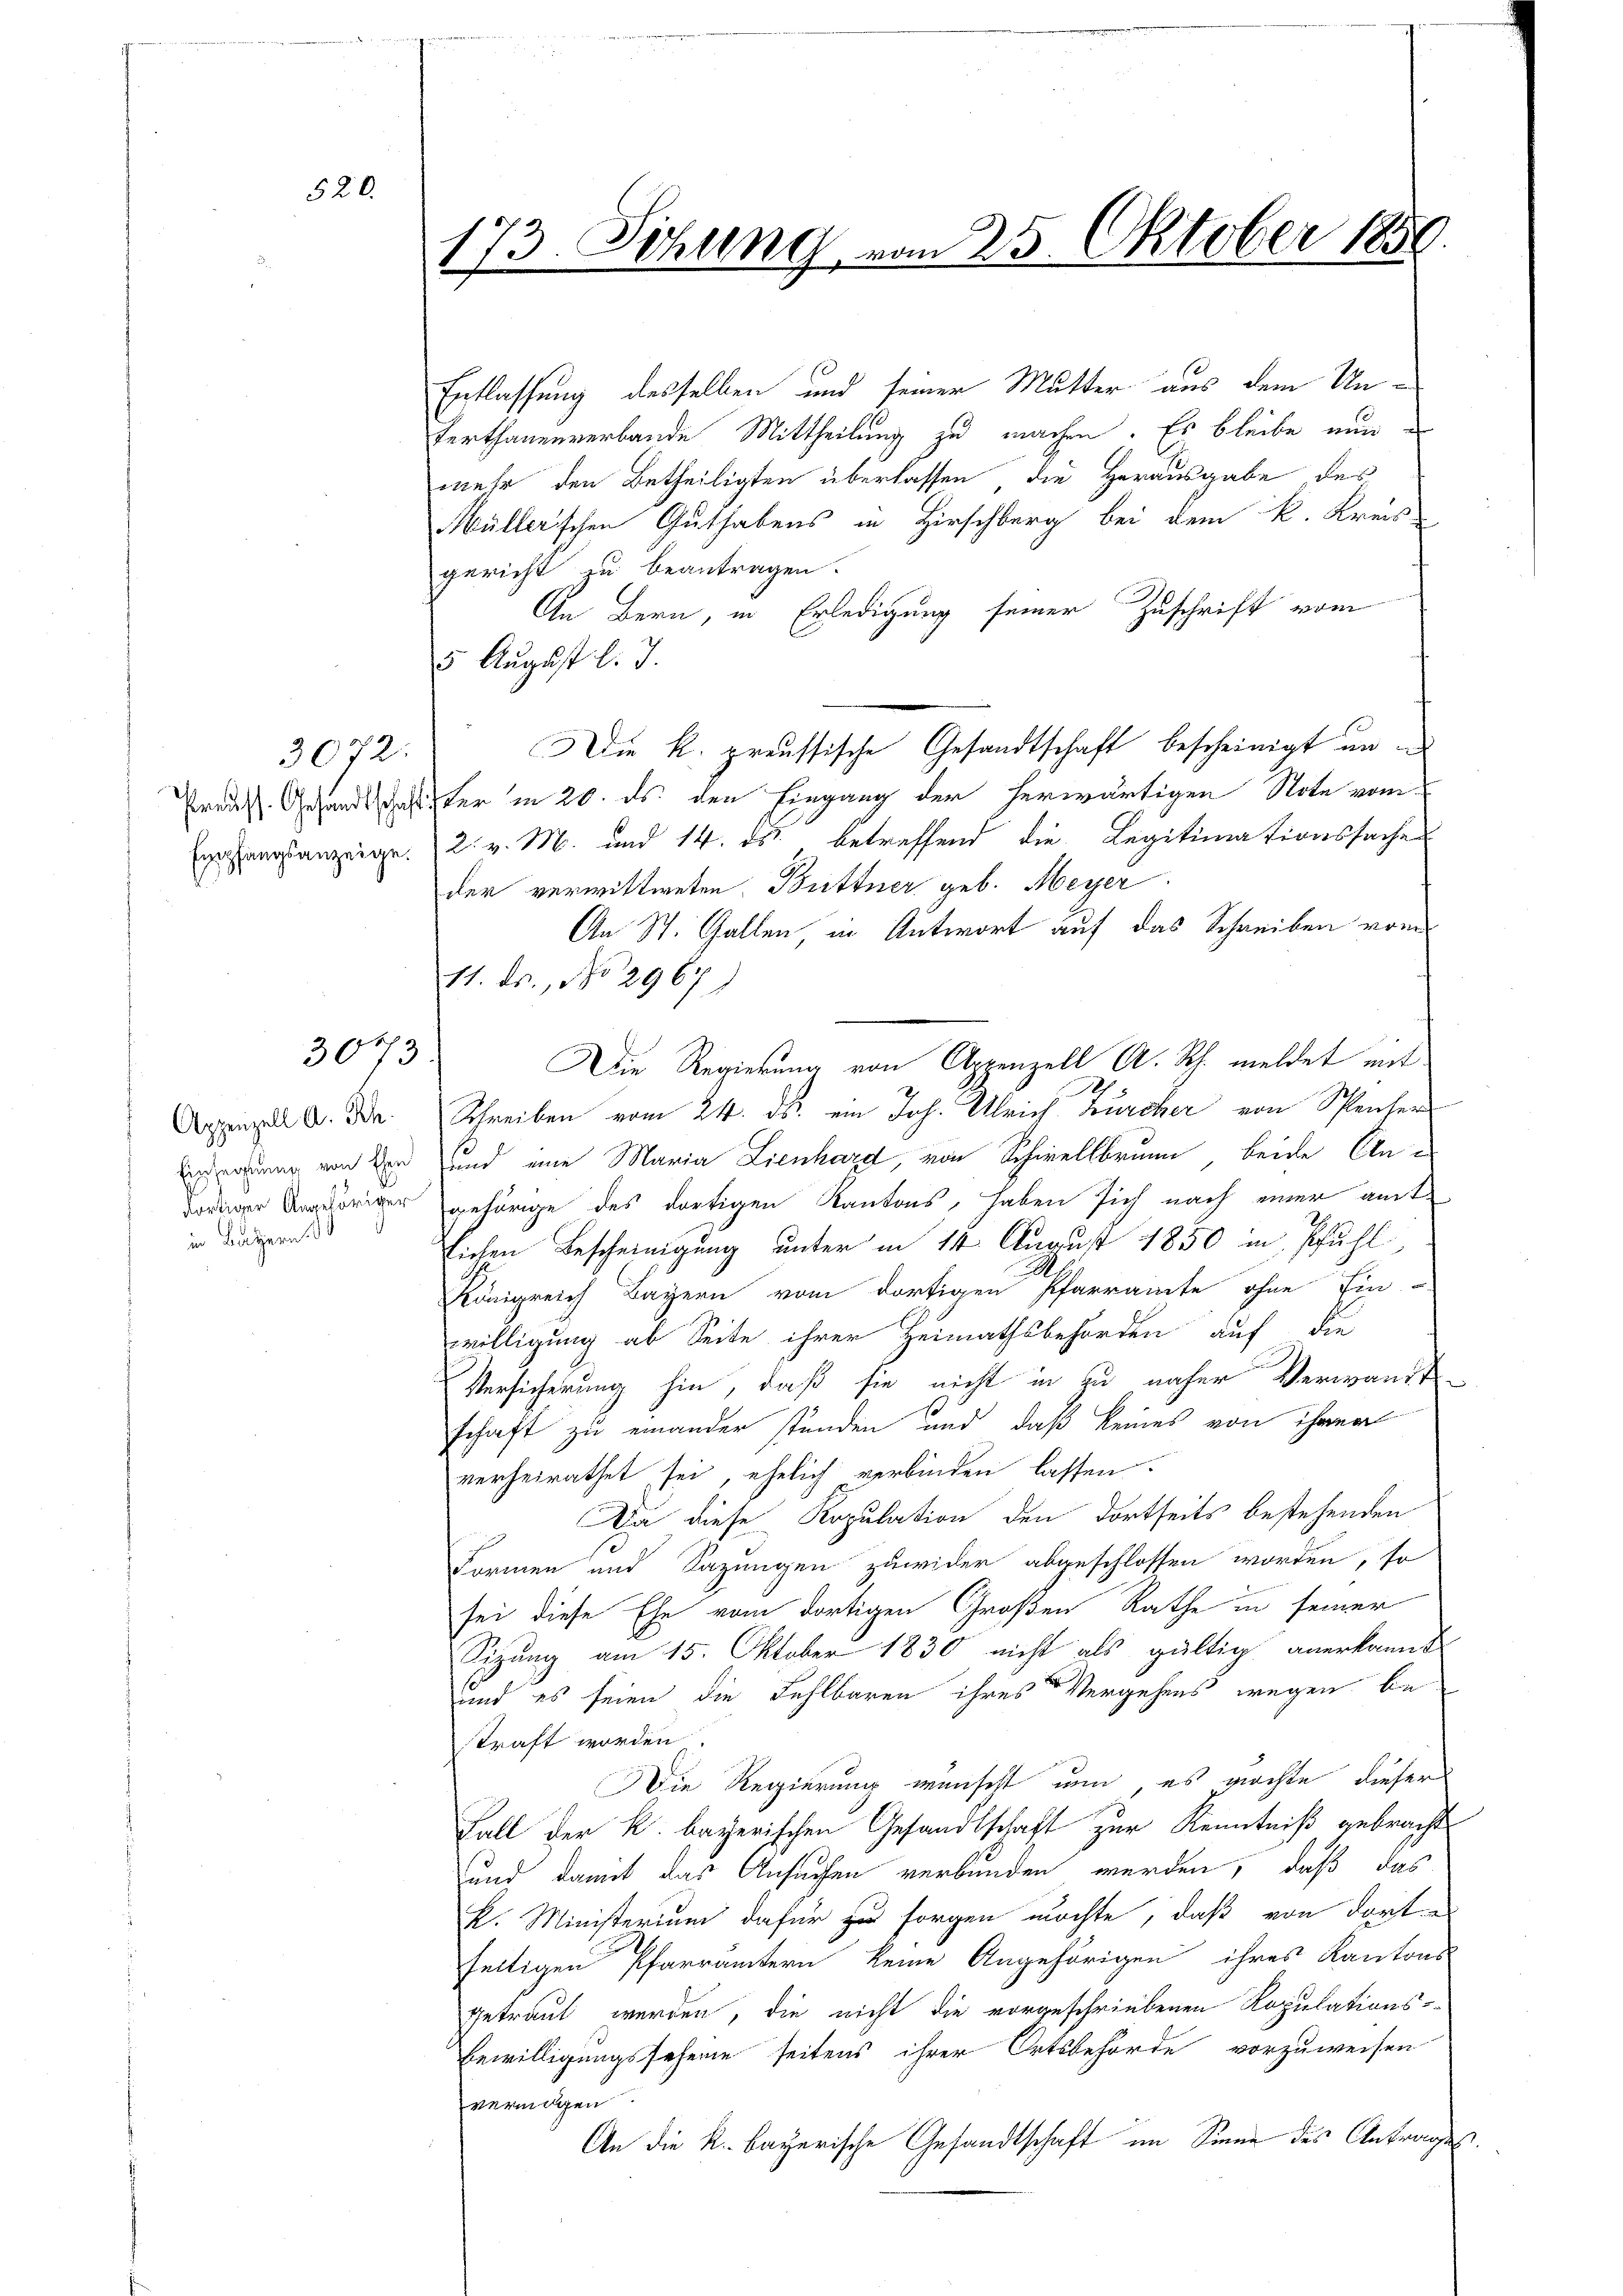
3072:
Empfangsanzeige.

520.

3073

Appenzell A. Sch.
Einzeigung von Ehen
dortiger Angehöriger
in Batzern 3

173. thung vom 25. Oktober 1850.

Entlassung desselben und seiner Mutter aus dem Un¬
Verthanenverbande Mittheilung zu machen. Es bleibe nun
mehr den Betheiligten überlassen, die Herausgabe des
Müller'schen Guthabens in Hirschberg bei dem k. Kreis
gericht zu beantragen.
An Bern, in Erledigung seiner Zuschrift vom
5 August l. J.
Die k. preussische Gesandtschaft bescheinigt un
Predes Gesandtschaftster in 20. ds. den Eingang der herwärtigen Note vom
2. v. M. und 14. ds. betreffend die Legitimationssache
der verwittweten. Büttner geb. Meyer
An St. Gallen, in Antwort auf das Schreiben von
17. ds., No 2967
Die Regierung von Appenzell A. Rh. meldet mit
Schreiben vom 24. ds. ein Joh. Ulrich Zürcher von Speiser
uund eine Maria Lienhard, von Schwellbrunn, beide Angehörige des dortigen Kantons, haben sich nach einer amt
Eichen Bescheinigung unter in 14 August 1850 in Pfühl,
Königreich Bayern vom dortigen Pfarramte ohne Ein-
willigung ab Seite ihrer Heimathsbehörden auf die
Versicherung hin, daß sie nicht in zu naher Verwandt-
schaft zu einander stunden und daß keines von ihrer
verheirathet sei, ehelich verbinden lassen.
Da diese Kopulation den dortseits bestehenden
Formen und Sazungen zuwider abgeschlossen worden, so
sei diese Ehe vom dortigen Großen Rathe in seiner
Sitzung am 15. Oktober 1830 nicht als gültig anerkannt
und es seien die Fehlbaren ihres Vergehens wegen beskraft worden.
Die Regierung wünscht um es möchte dieser
Fall der k. bayerischen Gesandtschaft zur Kenntniß gebracht
Hund damit das Ansuchen verbunden werden, daß das
K. Ministerium dafür zu sorgen möchte, daß von dort
seitigen Pfarrämtern keine Angehörigen ihres Kantons
getraut werden, die nicht die vorgeschriebenen Kopulations-
Bewilligungssehene seitens ihrer Ortsbehörde vorzuweisen
vermögen
An die k. bayerische Gesandtschaft im Sinne des Antrages.